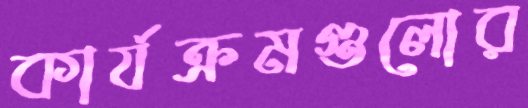
কার্যক্রমগুলোর